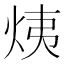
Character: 𤈙